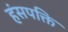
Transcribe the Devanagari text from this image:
हंसपक्ति